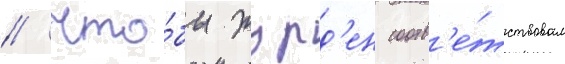
// Что́бы журд'ен соотв'е́тствовал